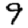
Digit: 9